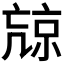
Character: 𠅽